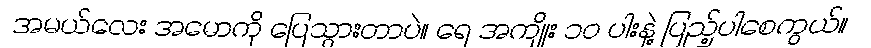
အမယ်လေး အမောကို ပြေသွားတာပဲ။ ရေ အကျိုး ၁၀ ပါးနဲ့ ပြည့်ပါစေကွယ်။